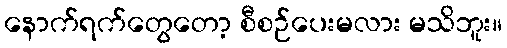
နောက်ရက်တွေတော့ စီစဉ်ပေးမလား မသိဘူး။